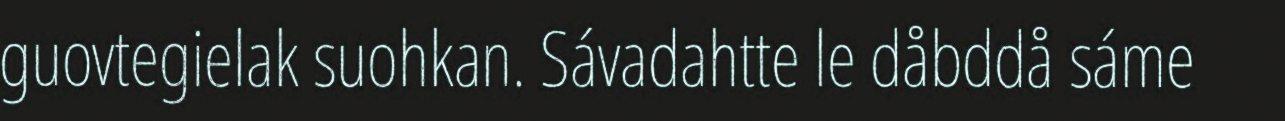
guovtegielak suohkan. Sávadahtte le dåbddå sáme